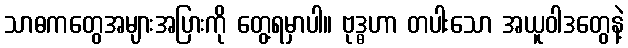
သာဓကတွေအများအပြားကို တွေ့ရမှာပါ။ ဗုဒ္ဓဟာ တပါးသော အယူဝါဒတွေနဲ့